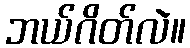
ဘယ်ဂိတ်လဲ။